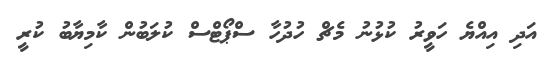
އަދި އިއްޔެ ހަވީރު ކުޅުނު މެޗް ހުދުހާ ސްޕޯޓްސް ކުލަބުން ކާމިޔާބު ކުރީ